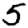
Digit: 5